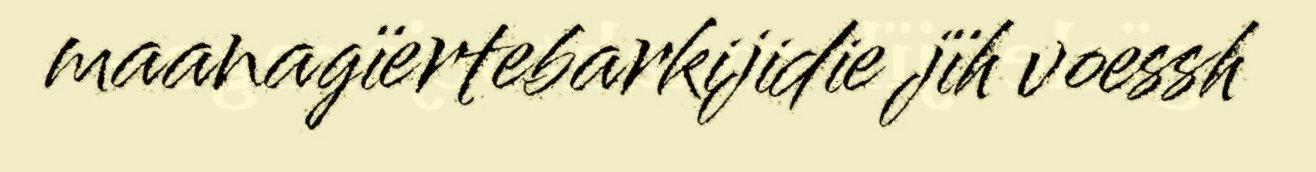
maanagïertebarkijidie jïh voessh